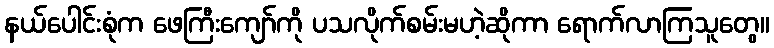
နယ်ပေါင်းစုံက ဖေကြီးကျော်ကို ပသလိုက်စမ်းမဟဲ့ဆိုကာ ရောက်လာကြသူတွေ။